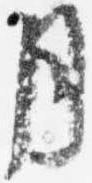
月